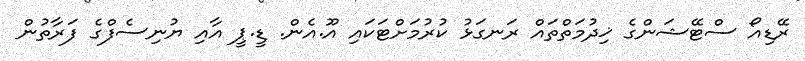
ރޭޑިއޯ ސްޓޭޝަންގެ ޚިދުމަތްތައް ރަނގަޅު ކުރުމަށްޓަކައި އޫ.އެން. ޑީ.ޕީ އާއި ޔުނިސެފްގެ ފަރާތުން